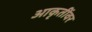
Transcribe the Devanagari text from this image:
आकृतींवर